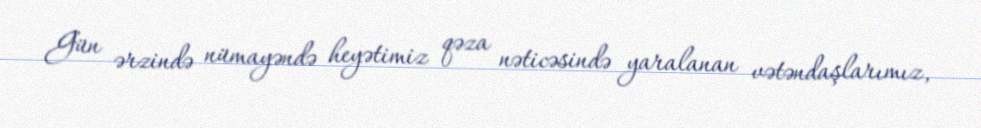
Gün ərzində nümayəndə heyətimiz qəza nəticəsində yaralanan vətəndaşlarımız,